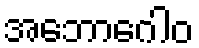
အဘောဂေါဝ